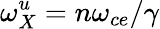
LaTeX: \omega_{X}^{u}=n\omega_{ce}/\gamma